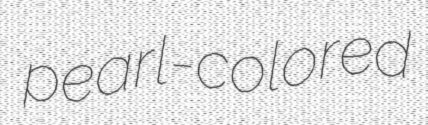
pearl-colored